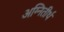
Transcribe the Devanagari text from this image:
अग्‍नितीर्थ